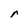
Character: r